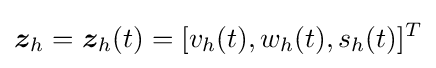
{\boldsymbol {z}}_{h}={\boldsymbol {z}}_{h}(t)=[v_{h}(t),w_{h}(t),s_{h}(t)]^{T}